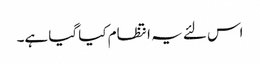
اس لئے یہ انتظام کیا گیا ہے۔